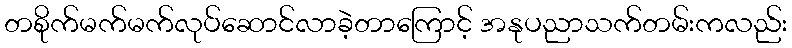
တစိုက်မက်မက်လုပ်ဆောင်လာခဲ့တာကြောင့် အနုပညာသက်တမ်းကလည်း